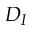
D _ { I }